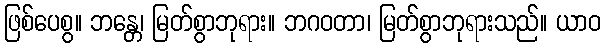
ဖြစ်ပေစွ။ ဘန္တေ၊ မြတ်စွာဘုရား။ ဘဂဝတာ၊ မြတ်စွာဘုရားသည်။ ယာဝ